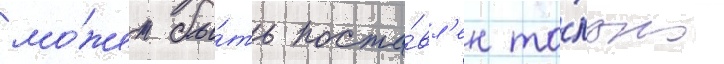
мо́жет бы́ть поста́вл'ен то́лько